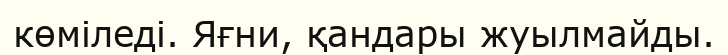
көміледі. Яғни, қандары жуылмайды.